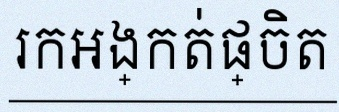
រកអង្កត់ផ្ចិត